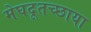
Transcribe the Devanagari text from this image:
मेघदूतच्छाया